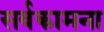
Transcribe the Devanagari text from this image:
सर्वकामना